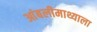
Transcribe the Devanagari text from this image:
आंबलीमाथ्याला